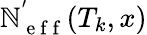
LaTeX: \mathbb{N}_{\mathrm{{~e~f~f~}}}^{'}(T_{k},x)